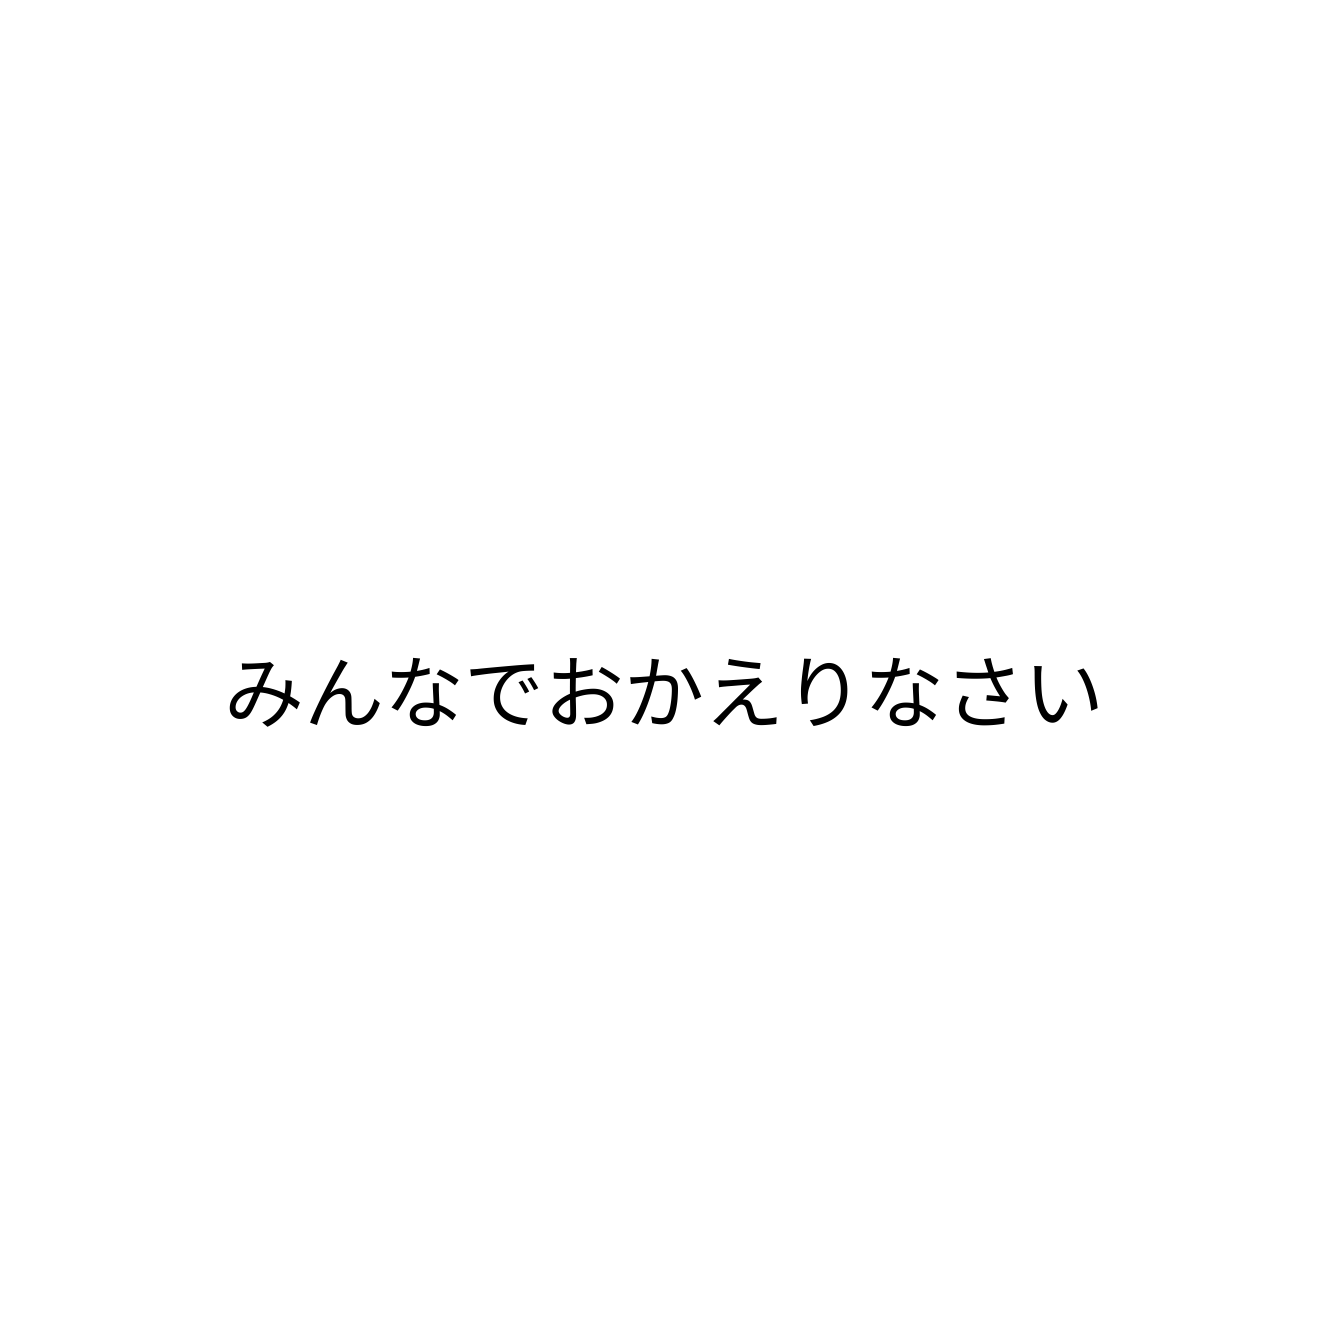
みんなでおかえりなさい